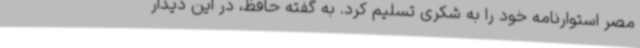
مصر استوارنامه خود را به شکری تسلیم کرد. به گفته حافظ، در این دیدار